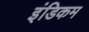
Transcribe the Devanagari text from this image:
इंडिकम